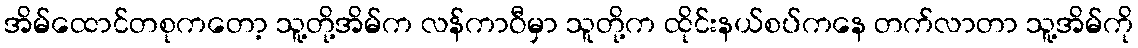
အိမ်ထောင်တစုကတော့ သူ့တို့အိမ်က လန်ကာဝီမှာ သူတို့က ထိုင်းနယ်စပ်ကနေ တက်လာတာ သူ့အိမ်ကို